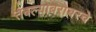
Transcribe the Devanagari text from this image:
तबल्याबरोबरचे